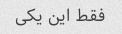
فقط این یکی